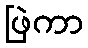
ဖြဲကာ